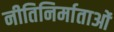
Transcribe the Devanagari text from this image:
नीतिनिर्माताओं